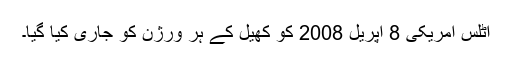
اٹلس امریکی 8 اپریل 2008 کو کھیل کے ہر ورژن کو جاری کیا گیا۔